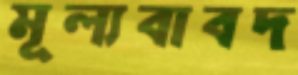
মূল্যবাবদ